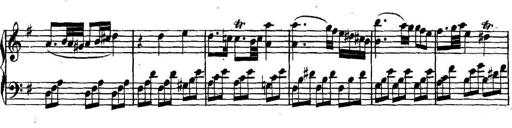
Title: Collected Piano Sonatas
Composer: Muzio Clementi